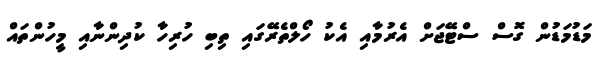
މަޑުމަޑުން ގޮސް ސްޓޭޖަށް އެރުމާއި އެކު ހޯލްތެރޭގައި ތިބި ހުރިހާ ކުދިންނާއި މީހުންތައް